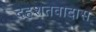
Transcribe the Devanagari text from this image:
दहशतवादास